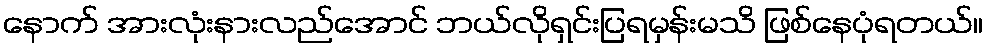
နောက် အားလုံးနားလည်အောင် ဘယ်လိုရှင်းပြရမှန်းမသိ ဖြစ်နေပုံရတယ်။